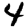
Digit: 4